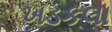
ખડકલા